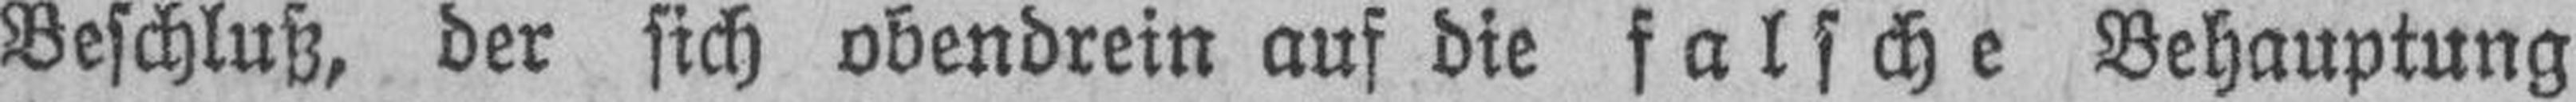
Beschluß, der sich obendrein auf die falsche Behauptung